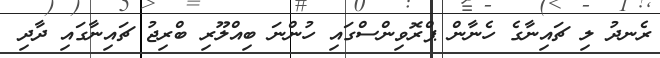
ރެނދު ލި ޗައިނާގެ ހެނާން ޕްރޮވިންސްގައި ހުންނަ ބިއްލޫރި ބްރިޖު ޗައިނާގައި ދާދި